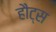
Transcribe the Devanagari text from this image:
हौट्स